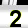
Digit: 2